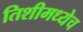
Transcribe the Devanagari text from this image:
तिशीमध्येच